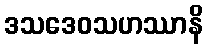
ဒသဒေဝသဟဿာနိ